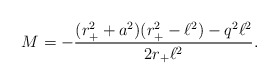
\begin{align*}M=-\frac{(r_+^2+a^2)(r_+^2-\ell^2)-q^2 \ell^2}{2r_+\ell^2}.\end{align*}